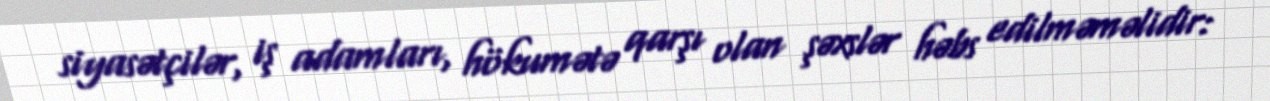
siyasətçilər, iş adamları, hökumətə qarşı olan şəxslər həbs edilməməlidir: